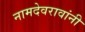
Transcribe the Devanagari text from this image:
नामदेवरावांनी